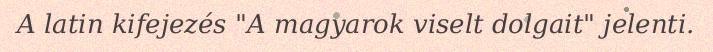
A latin kifejezés "A magyarok viselt dolgait" jelenti.